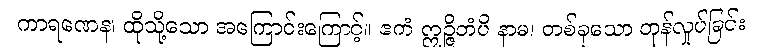
ကာရဏေန၊ ထိုသို့သော အကြောင်းကြောင့်။ ဧကံ ဣဉ္ဇိတံပိ နာမ၊ တစ်ခုသော တုန်လှုပ်ခြင်း